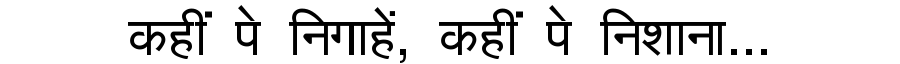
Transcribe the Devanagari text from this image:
कहीं पे निगाहें, कहीं पे निशाना...